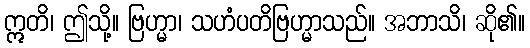
ဣတိ၊ ဤသို့။ ဗြဟ္မာ၊ သဟံပတိဗြဟ္မာသည်။ အဘာသိ၊ ဆို၏။